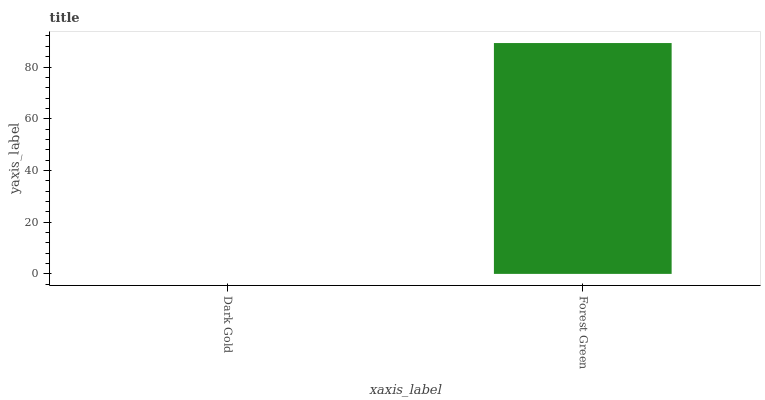
| xaxis_label | bars |
 | --- | --- |
 | Dark Gold | 0 |
 | Forest Green | 89.3 |